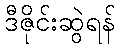
ဒီဇိုင်းဆွဲရန်